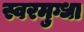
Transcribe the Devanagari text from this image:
स्वरमुग्धा